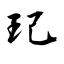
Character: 玘